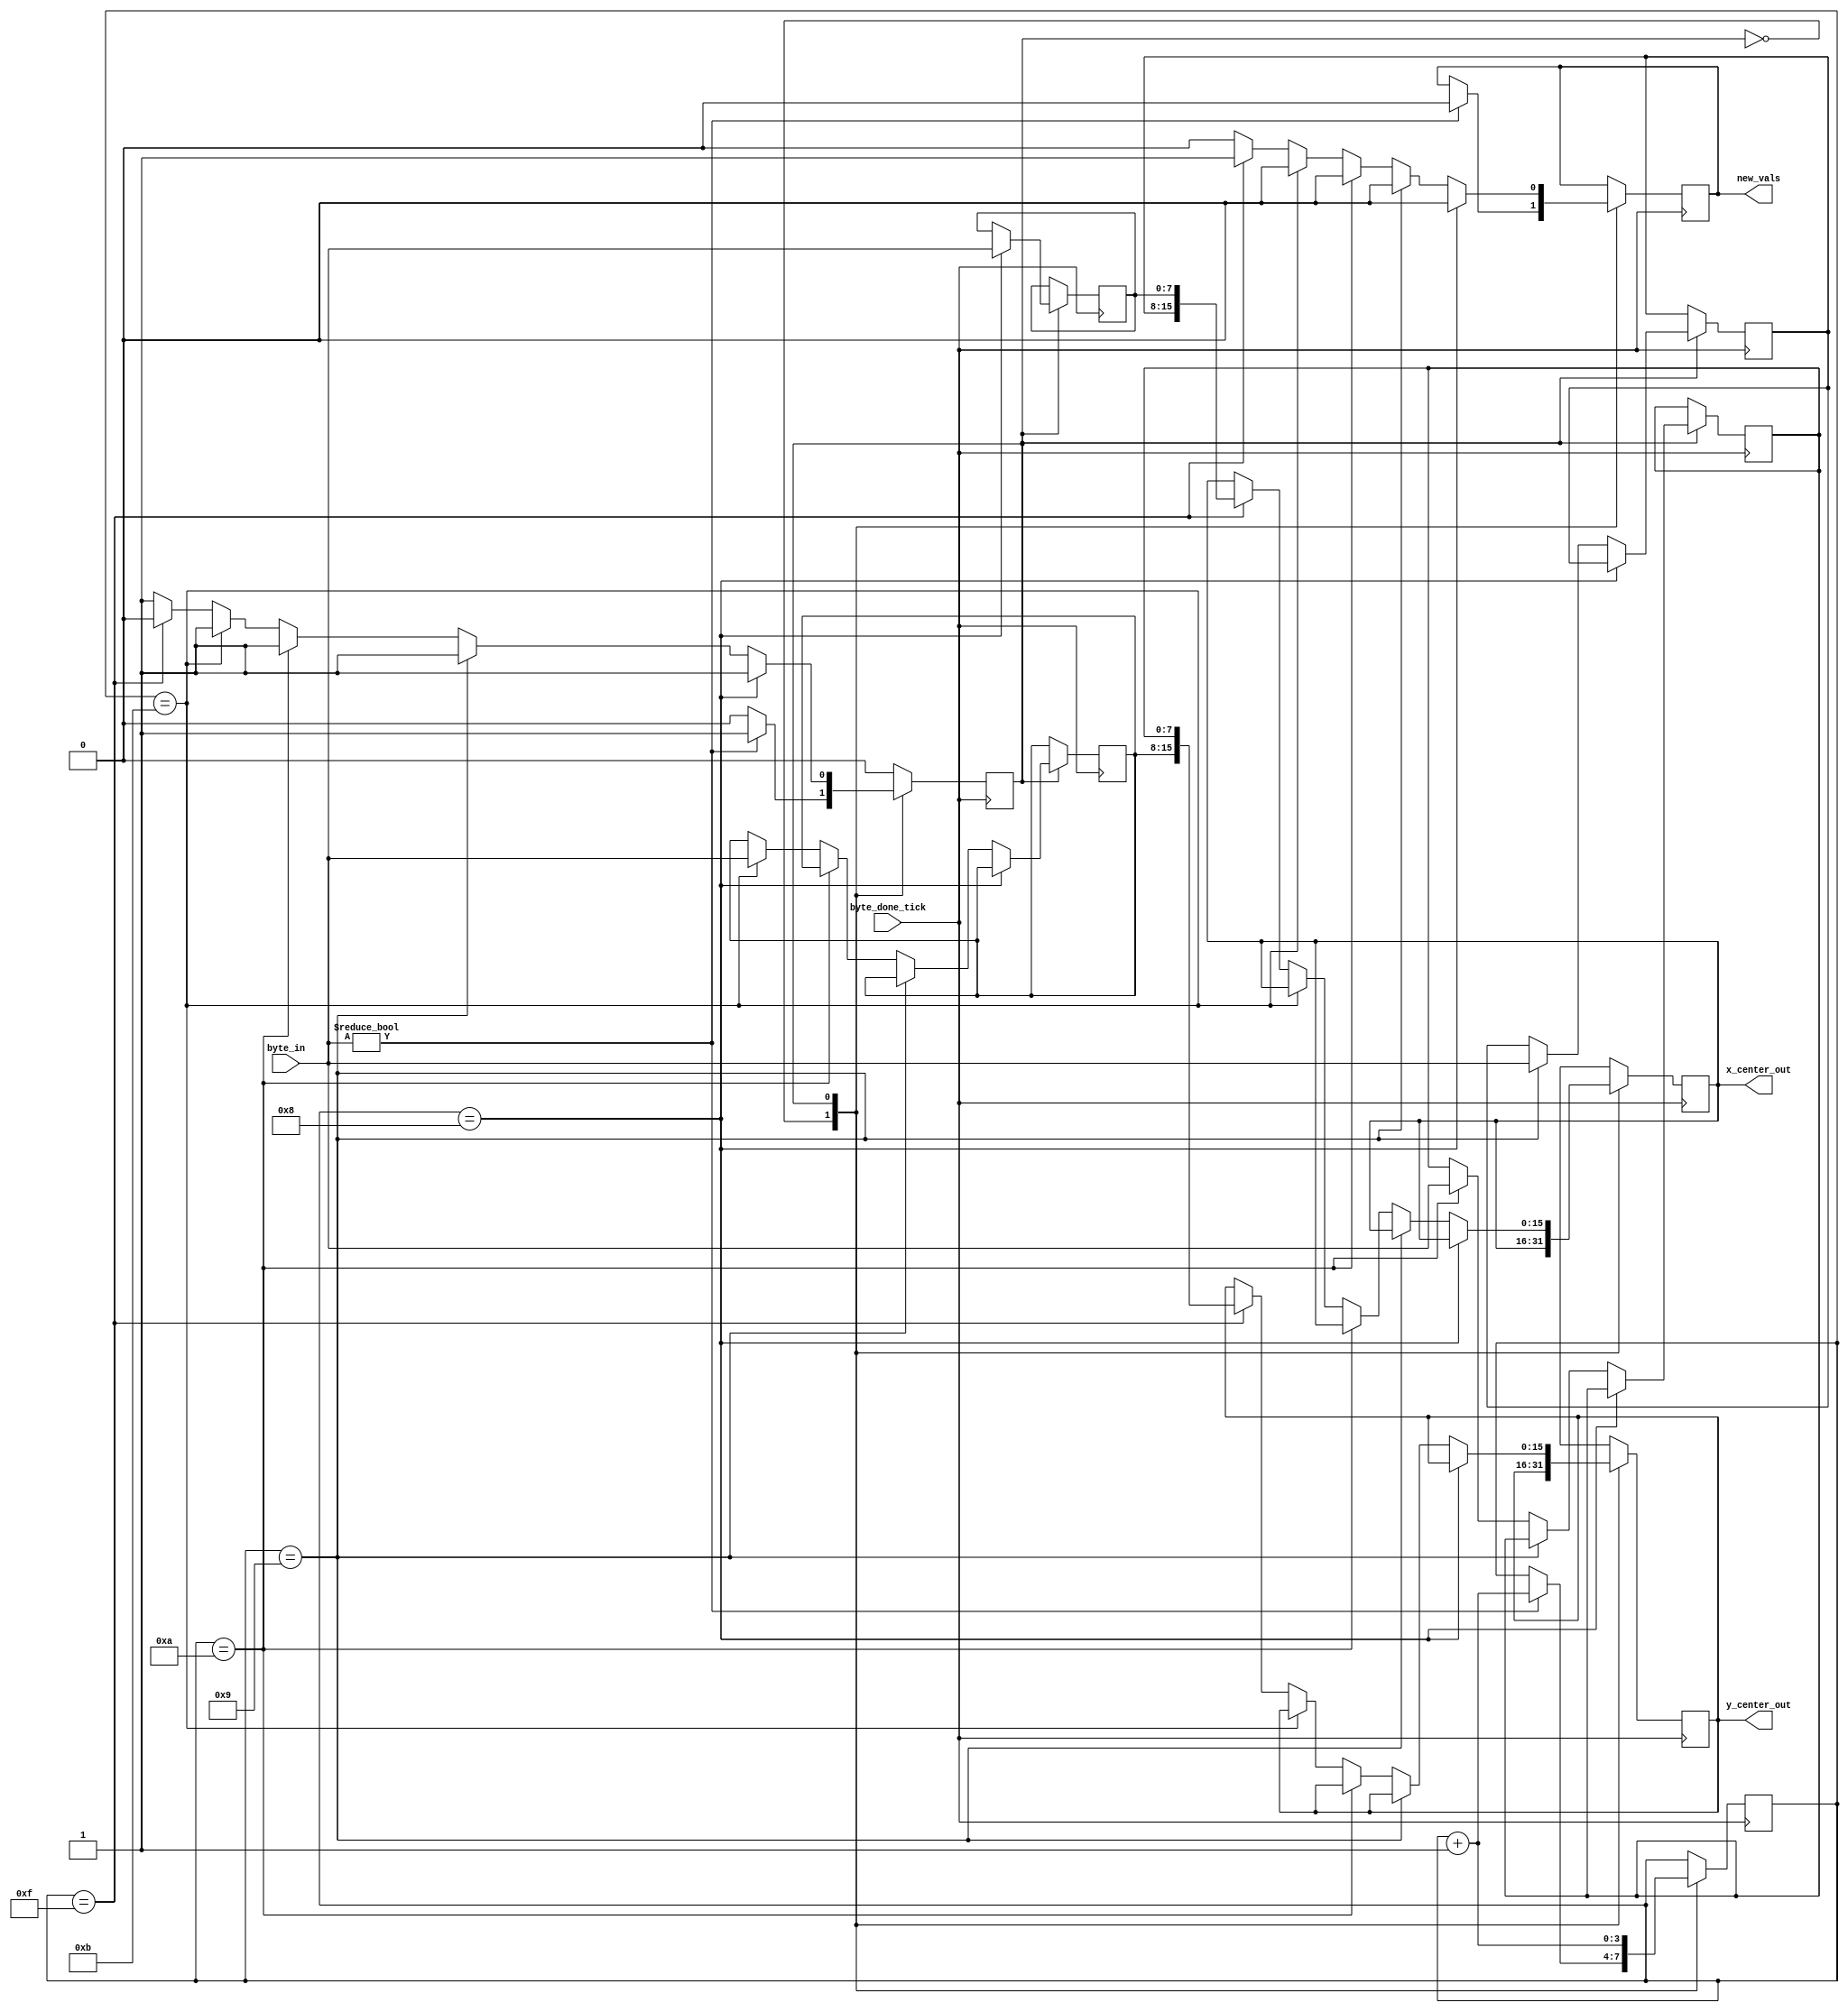
module pixy_coords_reg(input [7:0] byte_in, input byte_done_tick, output reg new_vals, output reg [15:0] x_center_out, output reg [15:0] y_center_out);

	parameter IDLE = 1'b0,
				 DATA = 1'b1;
	
	reg state = IDLE;
	reg [7:0] x_center_lower_inner = 8'd0;
	reg [7:0] x_center_upper_inner = 8'd0;
	reg [7:0] y_center_lower_inner = 8'd0;
	reg [7:0] y_center_upper_inner = 8'd0;
	reg [3:0] counter = 4'd0;
	
	
	always @(posedge byte_done_tick) begin
		case(state)
			IDLE:
				if(byte_in != 8'd0) begin
					state <= DATA;
					counter <= counter + 1'b1;
					new_vals <= 1'b0;
				end	
			DATA: begin
				new_vals <= 1'b0;
				//lower sig bits of x center
				if(counter == 4'd8)
					//x_center <= { x_center[15:8], byte_in };
					x_center_lower_inner <= byte_in;
						
				//upper sig bits of x center
				else if(counter == 4'd9)
					//x_center <= { byte_in, x_center[7:0] } ;
					x_center_upper_inner <= byte_in;
					
				//lower sig bits of y center
				else if(counter == 4'd10)
					//y_center <= { y_center[15:8], byte_in };
					y_center_lower_inner <= byte_in;
						
				//upper sig bits of y center
				else if(counter == 4'd11)
					//y_center <= { byte_in, y_center[7:0] };
					y_center_upper_inner <= byte_in;
					
				else if(counter == 4'd15) begin
					x_center_out = { x_center_upper_inner, x_center_lower_inner };
					y_center_out = { y_center_upper_inner, y_center_lower_inner };
					new_vals <= 1'b1;
					state <= IDLE;
				end
				counter <= counter + 1'b1;
			end
			default: begin
				x_center_out = 16'd0;
				y_center_out = 16'd0;
				counter <= 4'd0;
			end
		endcase
	end

endmodule